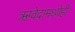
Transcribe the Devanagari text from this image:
ऋग्वेदामध्येही